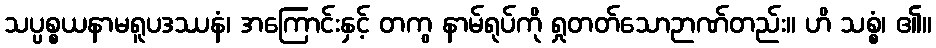
သပ္ပစ္စယနာမရူပဒဿနံ၊ အကြောင်းနှင့် တကွ နာမ်ရုပ်ကို ရှုတတ်သောဉာဏ်တည်း။ ဟိ သစ္စံ၊ ၏။